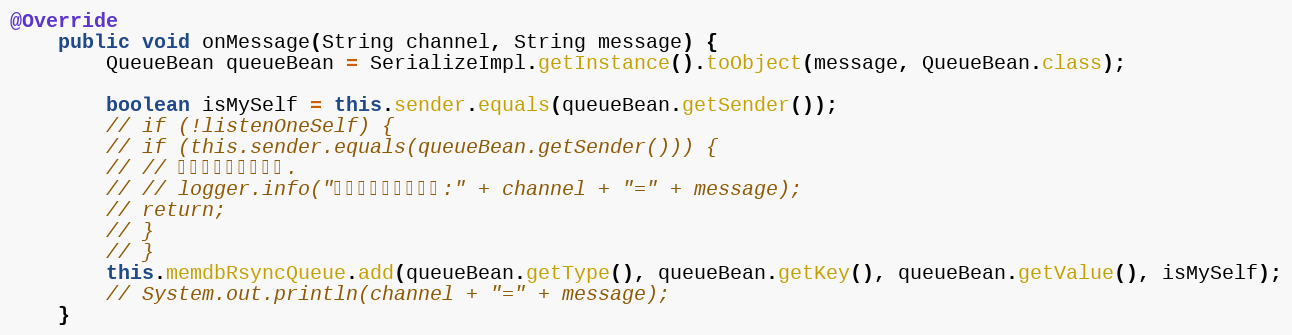
Language: Java
@Override
	public void onMessage(String channel, String message) {
		QueueBean queueBean = SerializeImpl.getInstance().toObject(message, QueueBean.class);

		boolean isMySelf = this.sender.equals(queueBean.getSender());
		// if (!listenOneSelf) {
		// if (this.sender.equals(queueBean.getSender())) {
		// // 忽略自己发送的消息.
		// // logger.info("忽略自己发送的消息:" + channel + "=" + message);
		// return;
		// }
		// }
		this.memdbRsyncQueue.add(queueBean.getType(), queueBean.getKey(), queueBean.getValue(), isMySelf);
		// System.out.println(channel + "=" + message);
	}